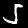
Digit: 5